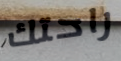
راحتك